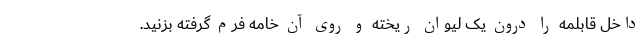
داخل قابلمه را درون یک لیوان ریخته و روی آن خامه فرم گرفته بزنید.